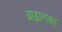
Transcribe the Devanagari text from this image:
ब्राह्मणका